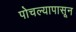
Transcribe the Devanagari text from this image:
पोचल्यापासून